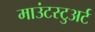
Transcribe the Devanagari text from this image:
माउंटस्टुअर्ट